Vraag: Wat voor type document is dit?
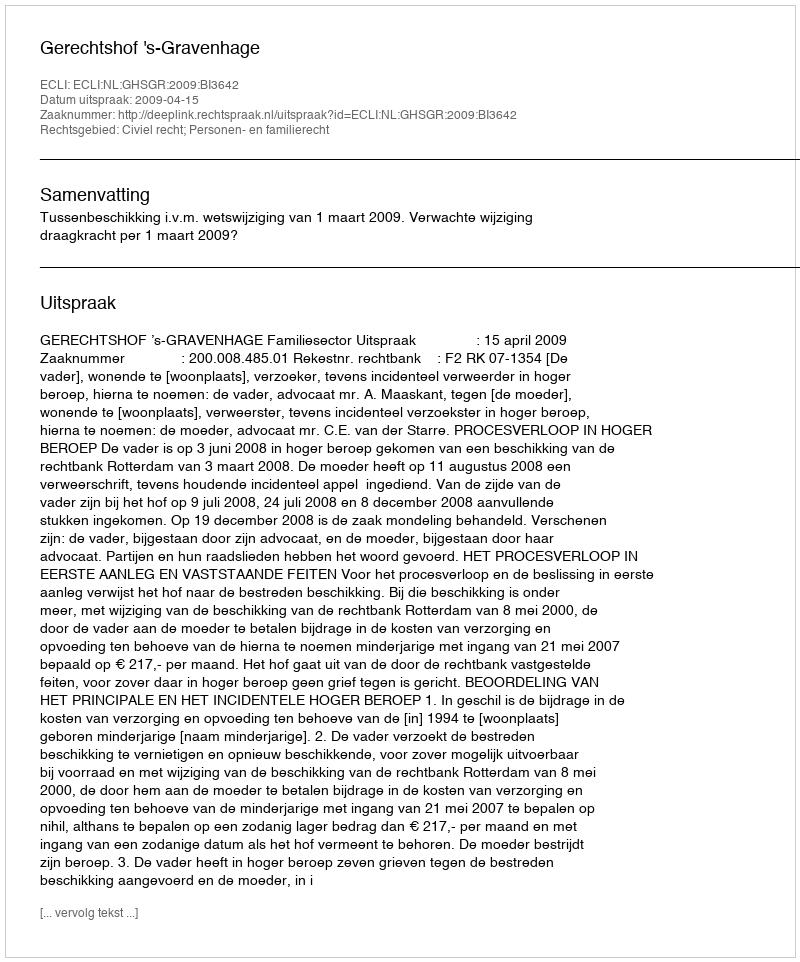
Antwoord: Uitspraak